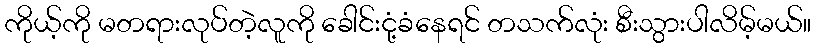
ကိုယ့်ကို မတရားလုပ်တဲ့လူကို ခေါင်းငုံ့ခံနေရင် တသက်လုံး စီးသွားပါလိမ့်မယ်။